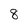
Character: 8